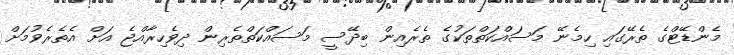
މެންޑޭޓްގެ ތެރޭގައި ހިމެނޭ މަސައްކަތްތަކުގެ ތެރެއިން ބިދޭސީ މަސައްކަތްތެރިން ދިވެހިރާއްޖެ އަށް އެތެރެވުމަށް